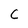
Character: C